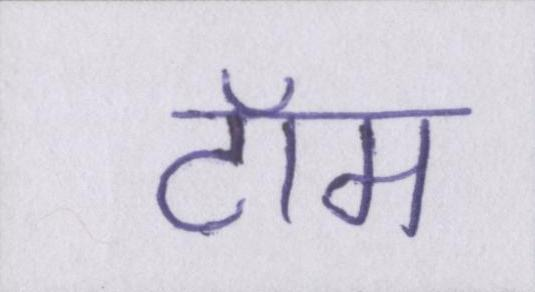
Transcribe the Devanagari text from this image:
टॉम